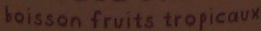
boisson fruits tropicaux